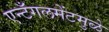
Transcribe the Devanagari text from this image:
एन्टँगलमेंटमुळे